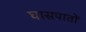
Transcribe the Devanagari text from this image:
घासपातों